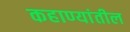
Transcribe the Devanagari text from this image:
कहाण्यांतील